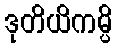
ဒုတိယိကမ္ပိ